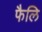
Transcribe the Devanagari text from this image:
फैलि